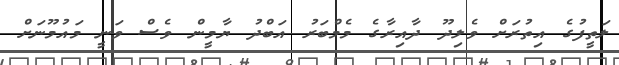
ލަތީފުގެ އިތުރަށް ވެލިދޫ ދާއިރާގެ މެމްބަރު އަބްދު ޔާމީން ވެސް ވަނީ މައުމޫނަށް